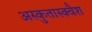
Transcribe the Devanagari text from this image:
अस्कुतास्क्वैश